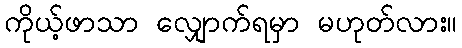
ကိုယ့်ဖာသာ လျှောက်ရမှာ မဟုတ်လား။